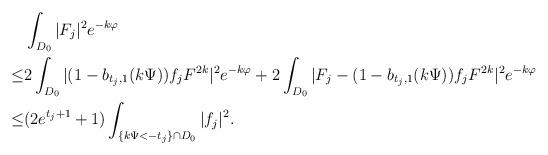
LaTeX: \begin{align*}&\int_{D_0}|F_j|^2e^{-k\varphi}\\\le&2\int_{D_0}|(1-b_{t_j,1}(k\Psi))f_jF^{2k}|^2e^{-k\varphi}+2\int_{D_0}|F_j-(1-b_{t_j,1}(k\Psi))f_jF^{2k}|^2e^{-k\varphi}\\\le&(2e^{t_j+1}+1)\int_{\{k\Psi<-t_j\}\cap D_0}|f_j|^2.\end{align*}